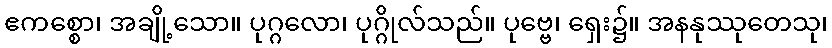
ဧကစ္စော၊ အချို့သော။ ပုဂ္ဂလော၊ ပုဂ္ဂိုလ်သည်။ ပုဗ္ဗေ၊ ရှေး၌။ အနနုဿုတေသု၊